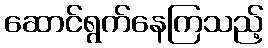
ဆောင်ရွက်နေကြသည့်